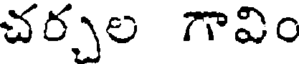
చర్చల గావిం